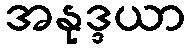
အနုဒ္ဒယာ